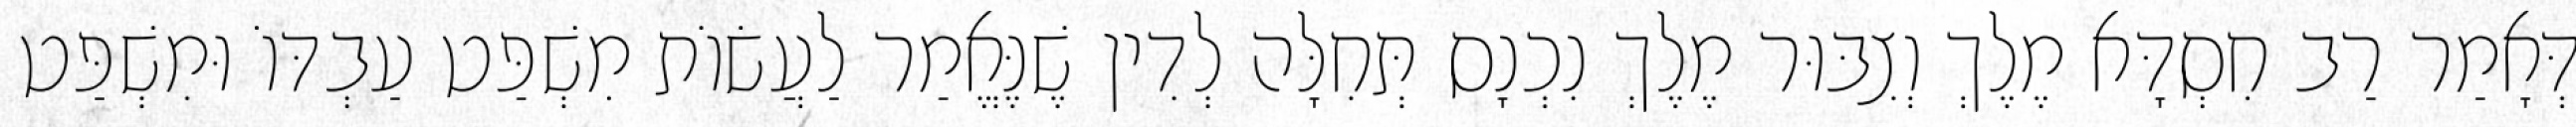
דְּאָמַר רַב חִסְדָּא מֶלֶךְ וְצִבּוּר מֶלֶךְ נִכְנָס תְּחִלָּה לְדִין שֶׁנֶּאֱמַר לַעֲשׂוֹת מִשְׁפַּט עַבְדּוֹ וּמִשְׁפַּט